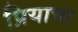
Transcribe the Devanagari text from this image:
प्रियाचा